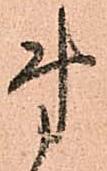
第